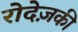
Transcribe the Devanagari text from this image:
रोदेज़की